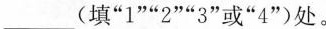
___(填”1””2””3”或”4”)处。